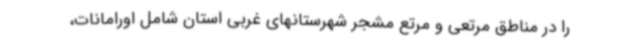
را در مناطق مرتعی و مرتع مشجر شهرستانهای غربی استان شامل اورامانات،